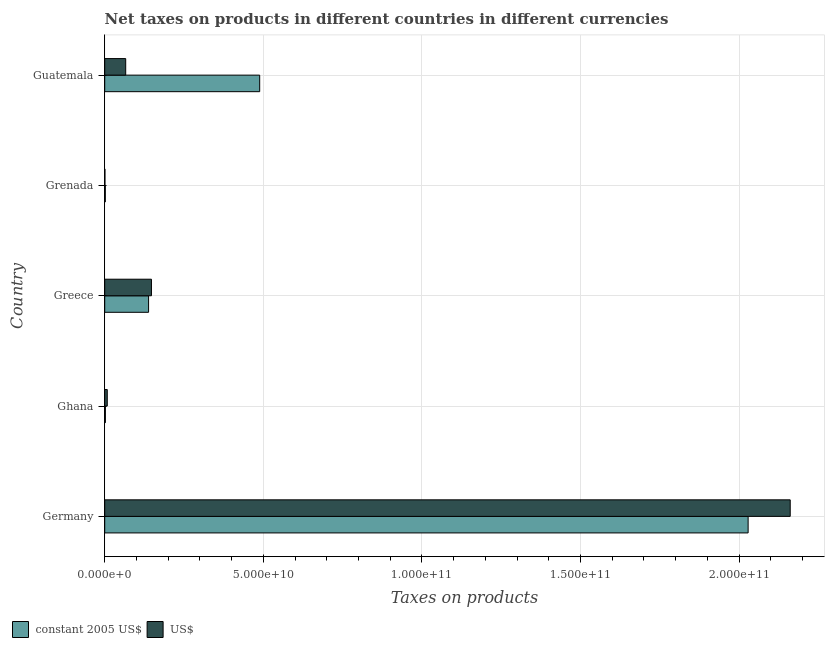
| Country | constant 2005 US$ | US$ |
 | --- | --- | --- |
 | Germany | 2.03e+11 | 2.16e+11 |
 | Ghana | 2.14e+08 | 8.03e+08 |
 | Greece | 1.38e+10 | 1.47e+10 |
 | Grenada | 1.86e+08 | 6.9e+07 |
 | Guatemala | 4.89e+10 | 6.61e+09 |